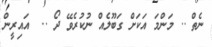
ނެތް .. މަންމަ އަކަށް ގަބޫލެއް ނުކުރެވޭ ދޯ ..  އައިރީން